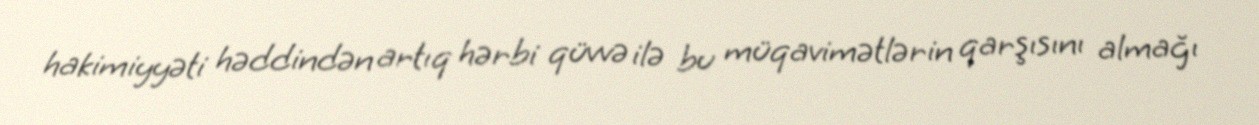
hakimiyyəti həddindən artıq hərbi qüvvə ilə bu müqavimətlərin qarşısını almağı